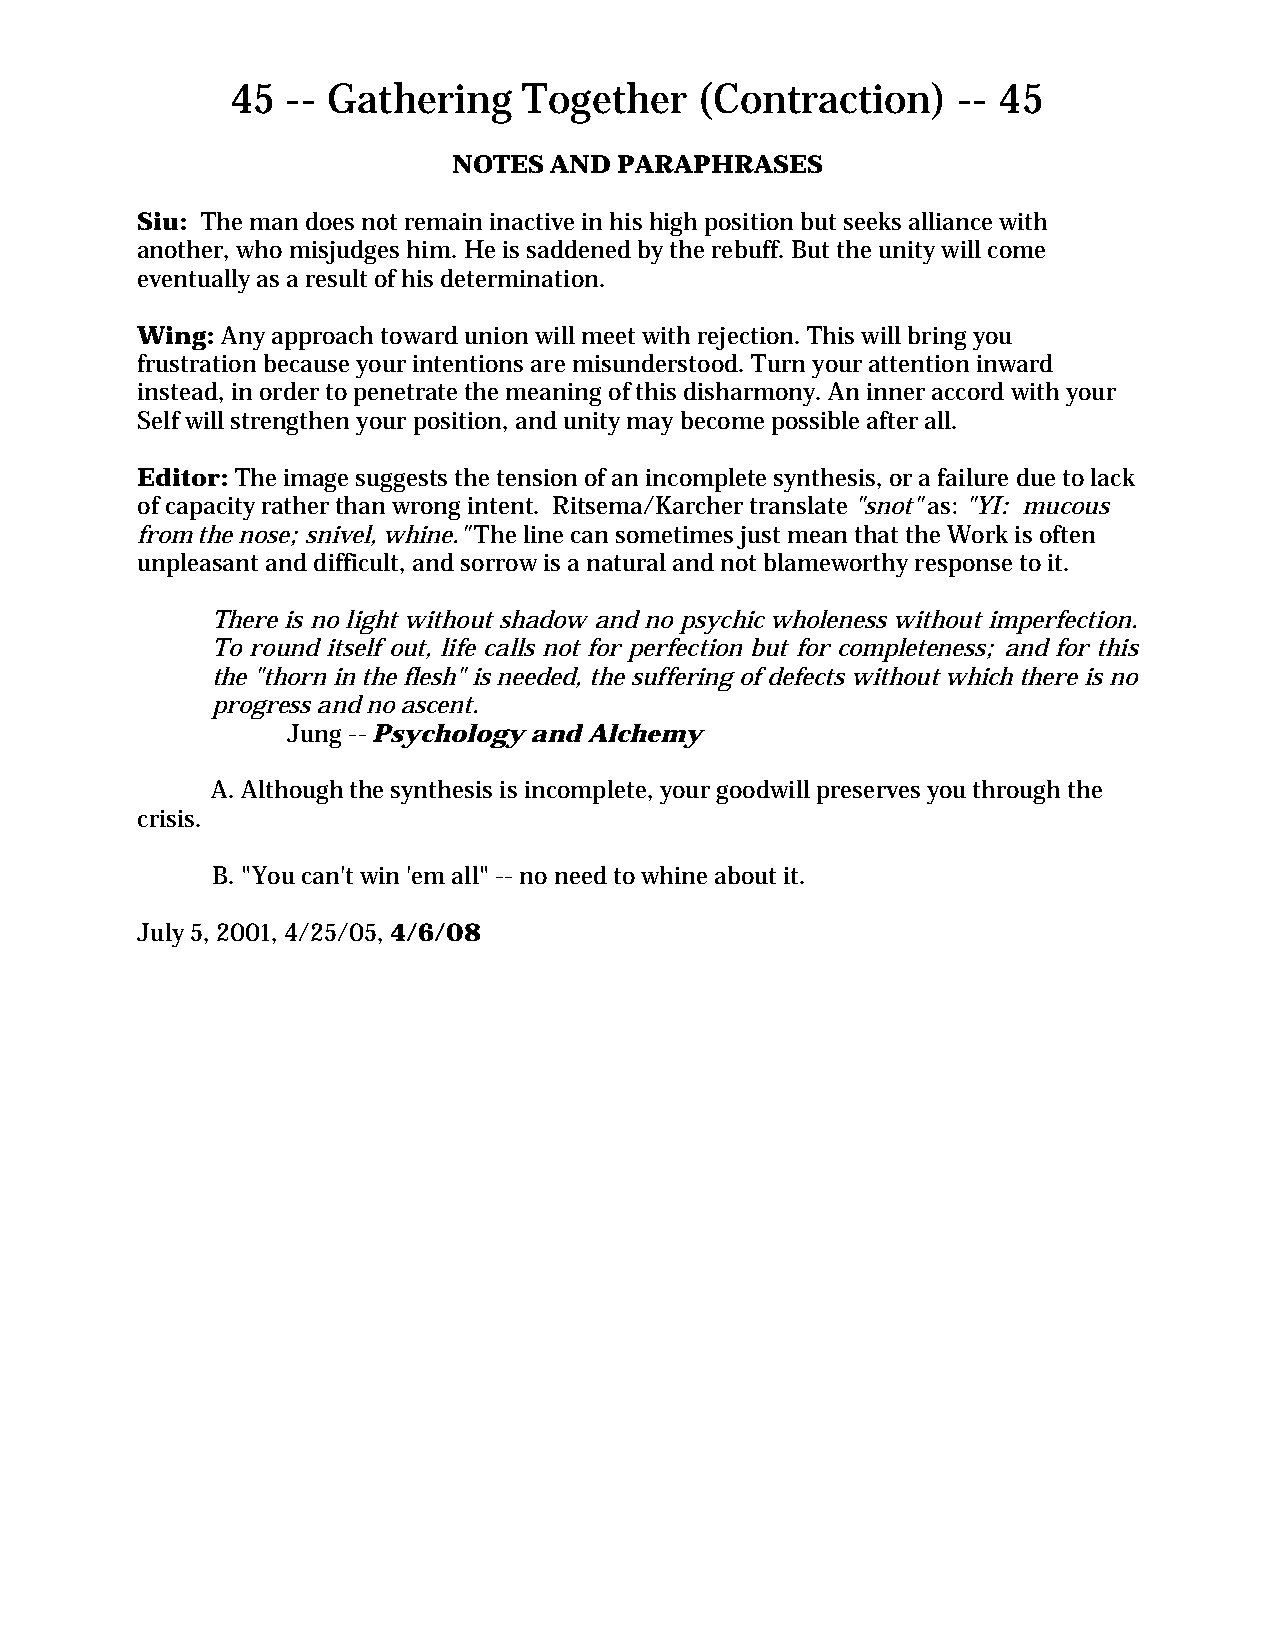
45  -- Gathering    Together   (Contraction)    -- 45
 NOTES AND  PARAPHRASES
 Siu: The man does not remain inactive in his high position but seeks alliance with
 another, who misjudges him. He is saddened by the rebuff. But the unity will come
 eventually as a result of his determination.
 Wing: Any approach toward union will meet with rejection. This will bring you
 frustration because your intentions are misunderstood. Turn your attention inward
 instead, in order to penetrate the meaning of this disharmony. An inner accord with your
 Self will strengthen your position, and unity may become possible after all.
 Editor: The image suggests the tension of an incomplete synthesis, or a failure due to lack
 of capacity rather than wrong intent. Ritsema/Karcher translate "snot" as: "YI: mucous
 from the nose; snivel, whine." The line can sometimes just mean that the Work is often
 unpleasant and difficult, and sorrow is a natural and not blameworthy response to it.
 There is no light without shadow and no psychic wholeness without imperfection.
 To round itself out, life calls not for perfection but for completeness; and for this
 the "thorn in the flesh" is needed, the suffering of defects without which there is no
 progress and no ascent.
 Jung -- Psychology and Alchemy
 A. Although the synthesis is incomplete, your goodwill preserves you through the
 crisis.
 B. "You can't win 'em all" -- no need to whine about it.
 July 5, 2001, 4/25/05, 4/6/08